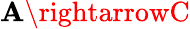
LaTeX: \mathbf{A}\rightarrowC